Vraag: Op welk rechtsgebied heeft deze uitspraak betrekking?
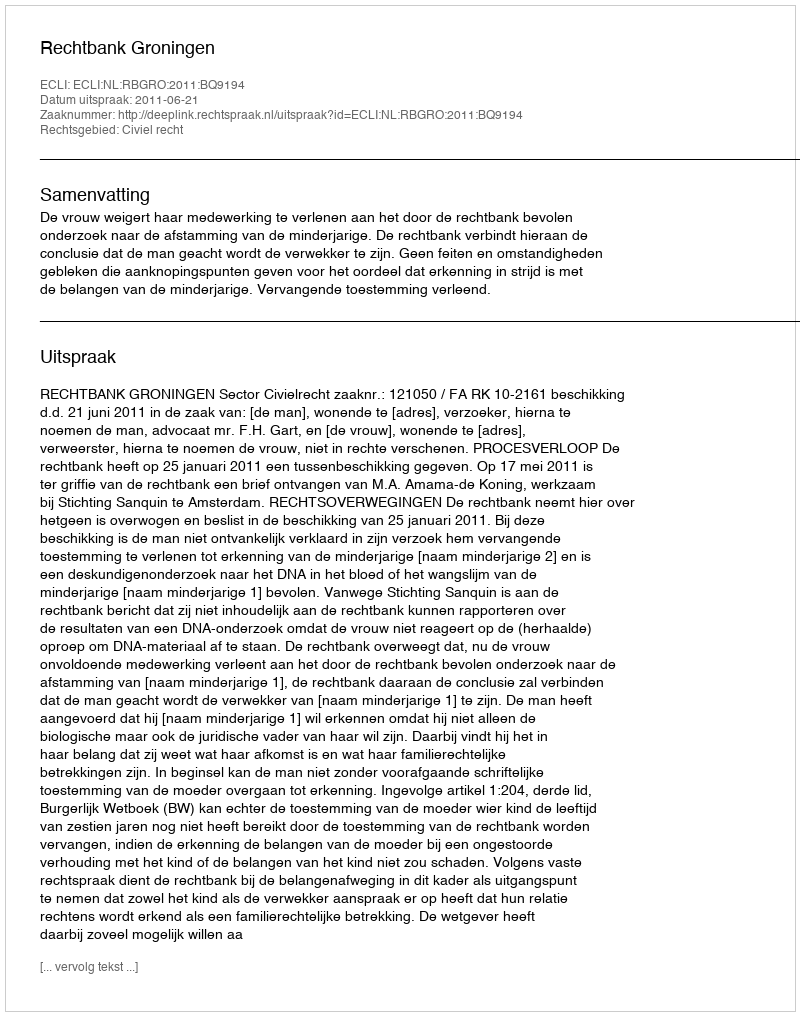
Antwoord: Civiel recht